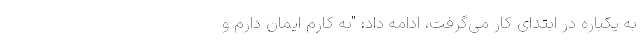
به یکباره در ابتدای کار می‌گرفت، ادامه داد: "به کارم ایمان دارم و